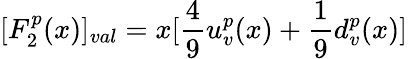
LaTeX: [F_{2}^{p}(x)]_{val}=x[{\frac{4}{9}}u_{v}^{p}(x)+{\frac{1}{9}}d_{v}^{p}(x)]